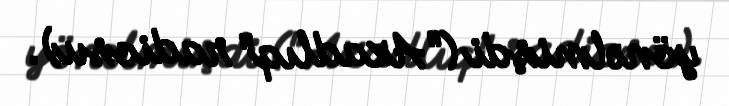
yönəlmişdi ("Azadlıq" radiosu).